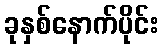
ခုနှစ်နောက်ပိုင်း